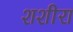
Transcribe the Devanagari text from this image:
शशीरा